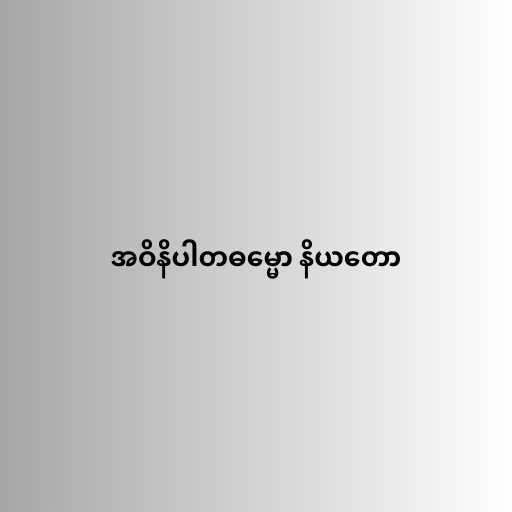
အဝိနိပါတဓမ္မော နိယတော